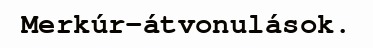
Merkúr-átvonulások.